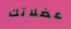
عضلاتك